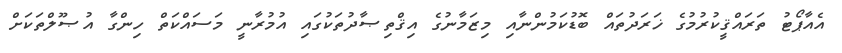
އެއާޕޯޓު ތަރައްޤީކުރުމުގެ ޚަރަދުތައް ބޮޑުކަމުންނާއި މިޒަމާނުގެ އިޤްތިޞާދުތަކުގައި އުމުރާނީ މަސައްކަތް ހިންގާ އުޞޫލްތަކަށް